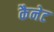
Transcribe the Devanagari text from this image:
कैनेट